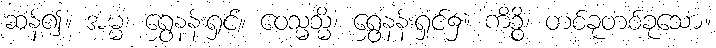
ဆန့်၍။ အမ္မ၊ ရွှေနန်းရှင်။ ဝေသ္မသ္မိံ၊ ရွှေနန်းရှင်၌။ ကိဉ္စိ၊ တစ်ခုတစ်ခုသော။